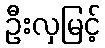
ဦးလှမြင့်